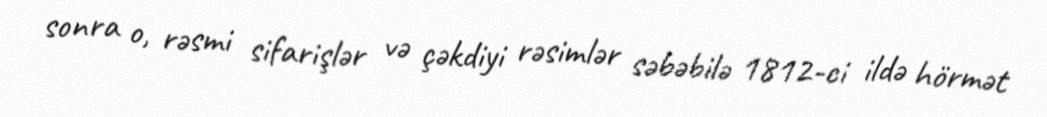
sonra o, rəsmi sifarişlər və çəkdiyi rəsimlər səbəbilə 1812-ci ildə hörmət